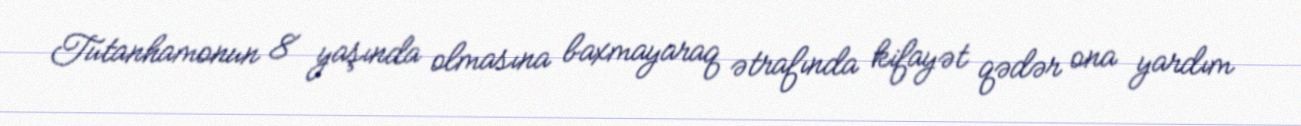
Tutanhamonun 8 yaşında olmasına baxmayaraq ətrafında kifayət qədər ona yardım